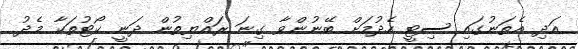
އަދި އެތަނުގައި ސިޓީ ހެދުމަށް ބޭނުންވާ ގިނަ ރައްޔިތުން ދަނީ ކޯޓުތަކާ މެދު